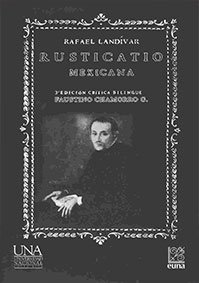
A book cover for Rusticatio mexicana (Serie Clasicos centroamericanos) (Spanish Edition); Rafael Landivar; Travel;